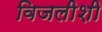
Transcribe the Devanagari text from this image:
विजलीशी